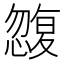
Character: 𭞿